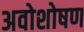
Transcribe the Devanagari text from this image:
अवोशोषण